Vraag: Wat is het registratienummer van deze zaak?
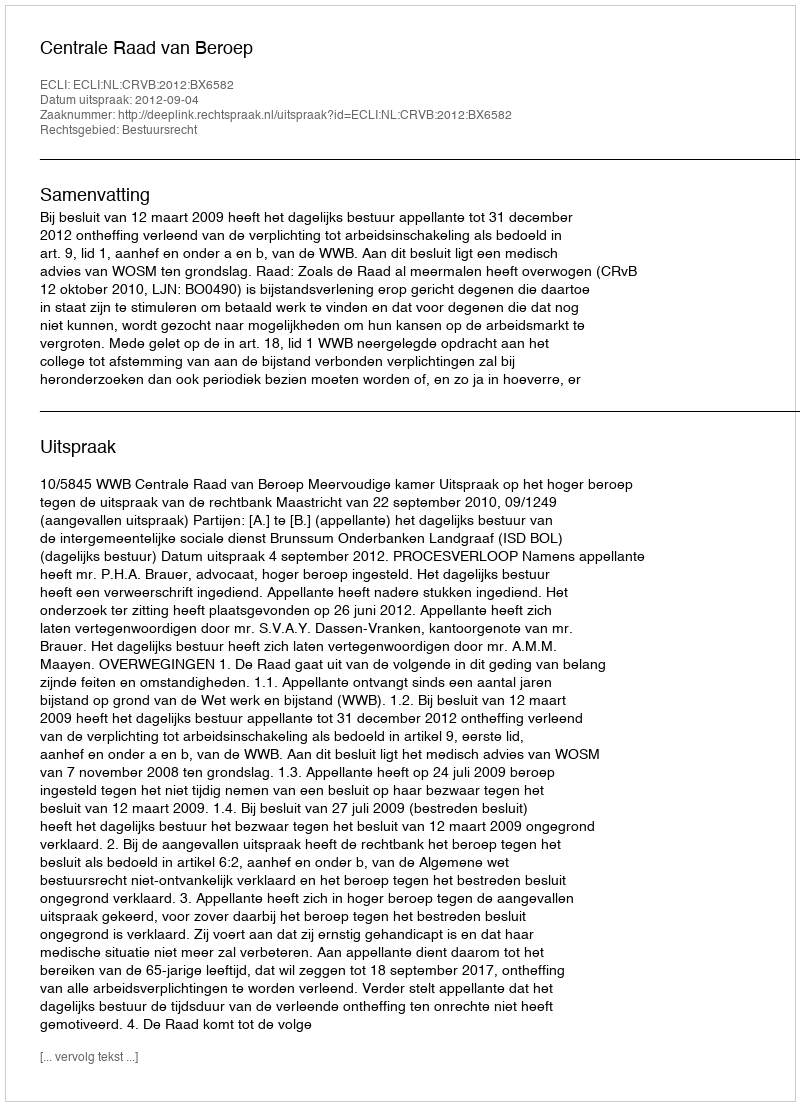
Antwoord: http://deeplink.rechtspraak.nl/uitspraak?id=ECLI:NL:CRVB:2012:BX6582